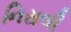
નિરાલી